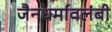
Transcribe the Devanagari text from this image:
जैनधर्मावलंबी